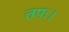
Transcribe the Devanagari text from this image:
तपः।